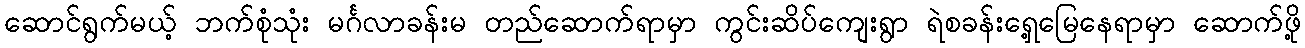
ဆောင်ရွက်မယ့် ဘက်စုံသုံး မင်္ဂလာခန်းမ တည်ဆောက်ရာမှာ ကွင်းဆိပ်ကျေးရွာ ရဲစခန်းရှေ့မြေနေရာမှာ ဆောက်ဖို့